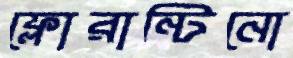
ফ্লোরান্টিনো